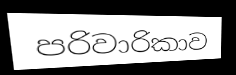
පරිවාරිකාව